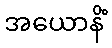
အယောနိံ